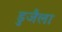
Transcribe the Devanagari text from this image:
डुजैला